Document type: Grant
Year: 1403
Scribe: Berenguer Pedrosell
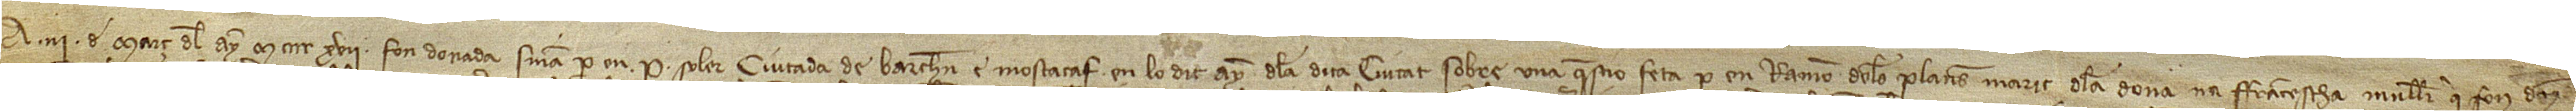
A III de març del ayn M CCCC XVII fon donada sentència per en P. Soler, ciutadà de Barchelona e mostasaf en lo dit ayn de la dita ciutat, sobre una qüestió feta per en Ramon de les Planes, marit de la dona na Francescha, muller qui fon d'en